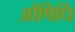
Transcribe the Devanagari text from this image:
औषिधि